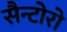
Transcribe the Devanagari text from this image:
सैन्टोरो